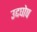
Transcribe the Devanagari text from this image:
उद्दघोष